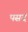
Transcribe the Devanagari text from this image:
पसदं